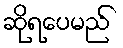
ဆိုရပေမည်